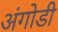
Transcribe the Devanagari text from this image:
अंगोडी